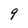
Character: 9